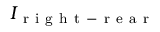
I _ { \mathrm { ~ r ~ i ~ g ~ h ~ t ~ - ~ r ~ e ~ a ~ r ~ } }